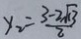
y _ { 2 } = \frac { 3 - 2 \sqrt { 1 3 } } { 2 }